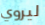
ليروي